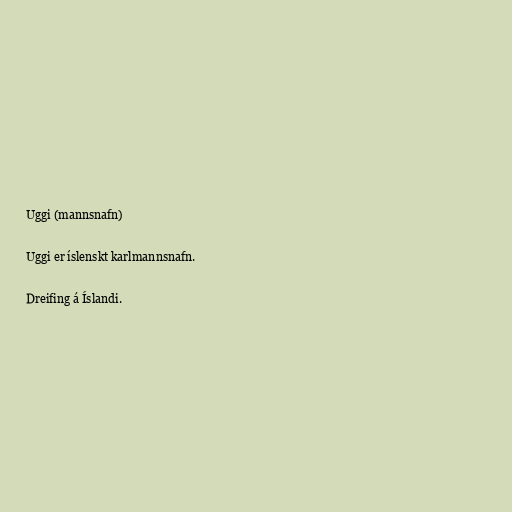
Uggi (mannsnafn)

Uggi er íslenskt karlmannsnafn.

Dreifing á Íslandi.